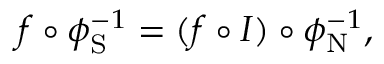
f \circ \phi _ { \mathrm { S } } ^ { - 1 } = ( f \circ I ) \circ \phi _ { \mathrm { N } } ^ { - 1 } ,